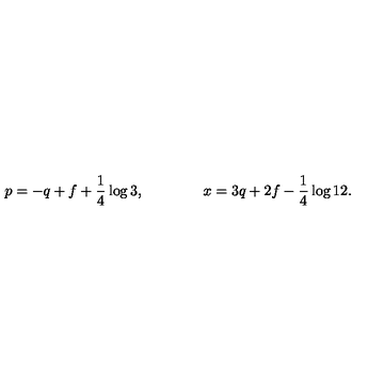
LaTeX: p = - q + f + \frac { 1 } { 4 } \log 3 , \qquad \qquad x = 3 q + 2 f - \frac { 1 } { 4 } \log 1 2 .